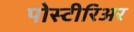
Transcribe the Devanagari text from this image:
पोस्टीरिअर